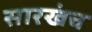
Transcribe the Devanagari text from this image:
सारखंच